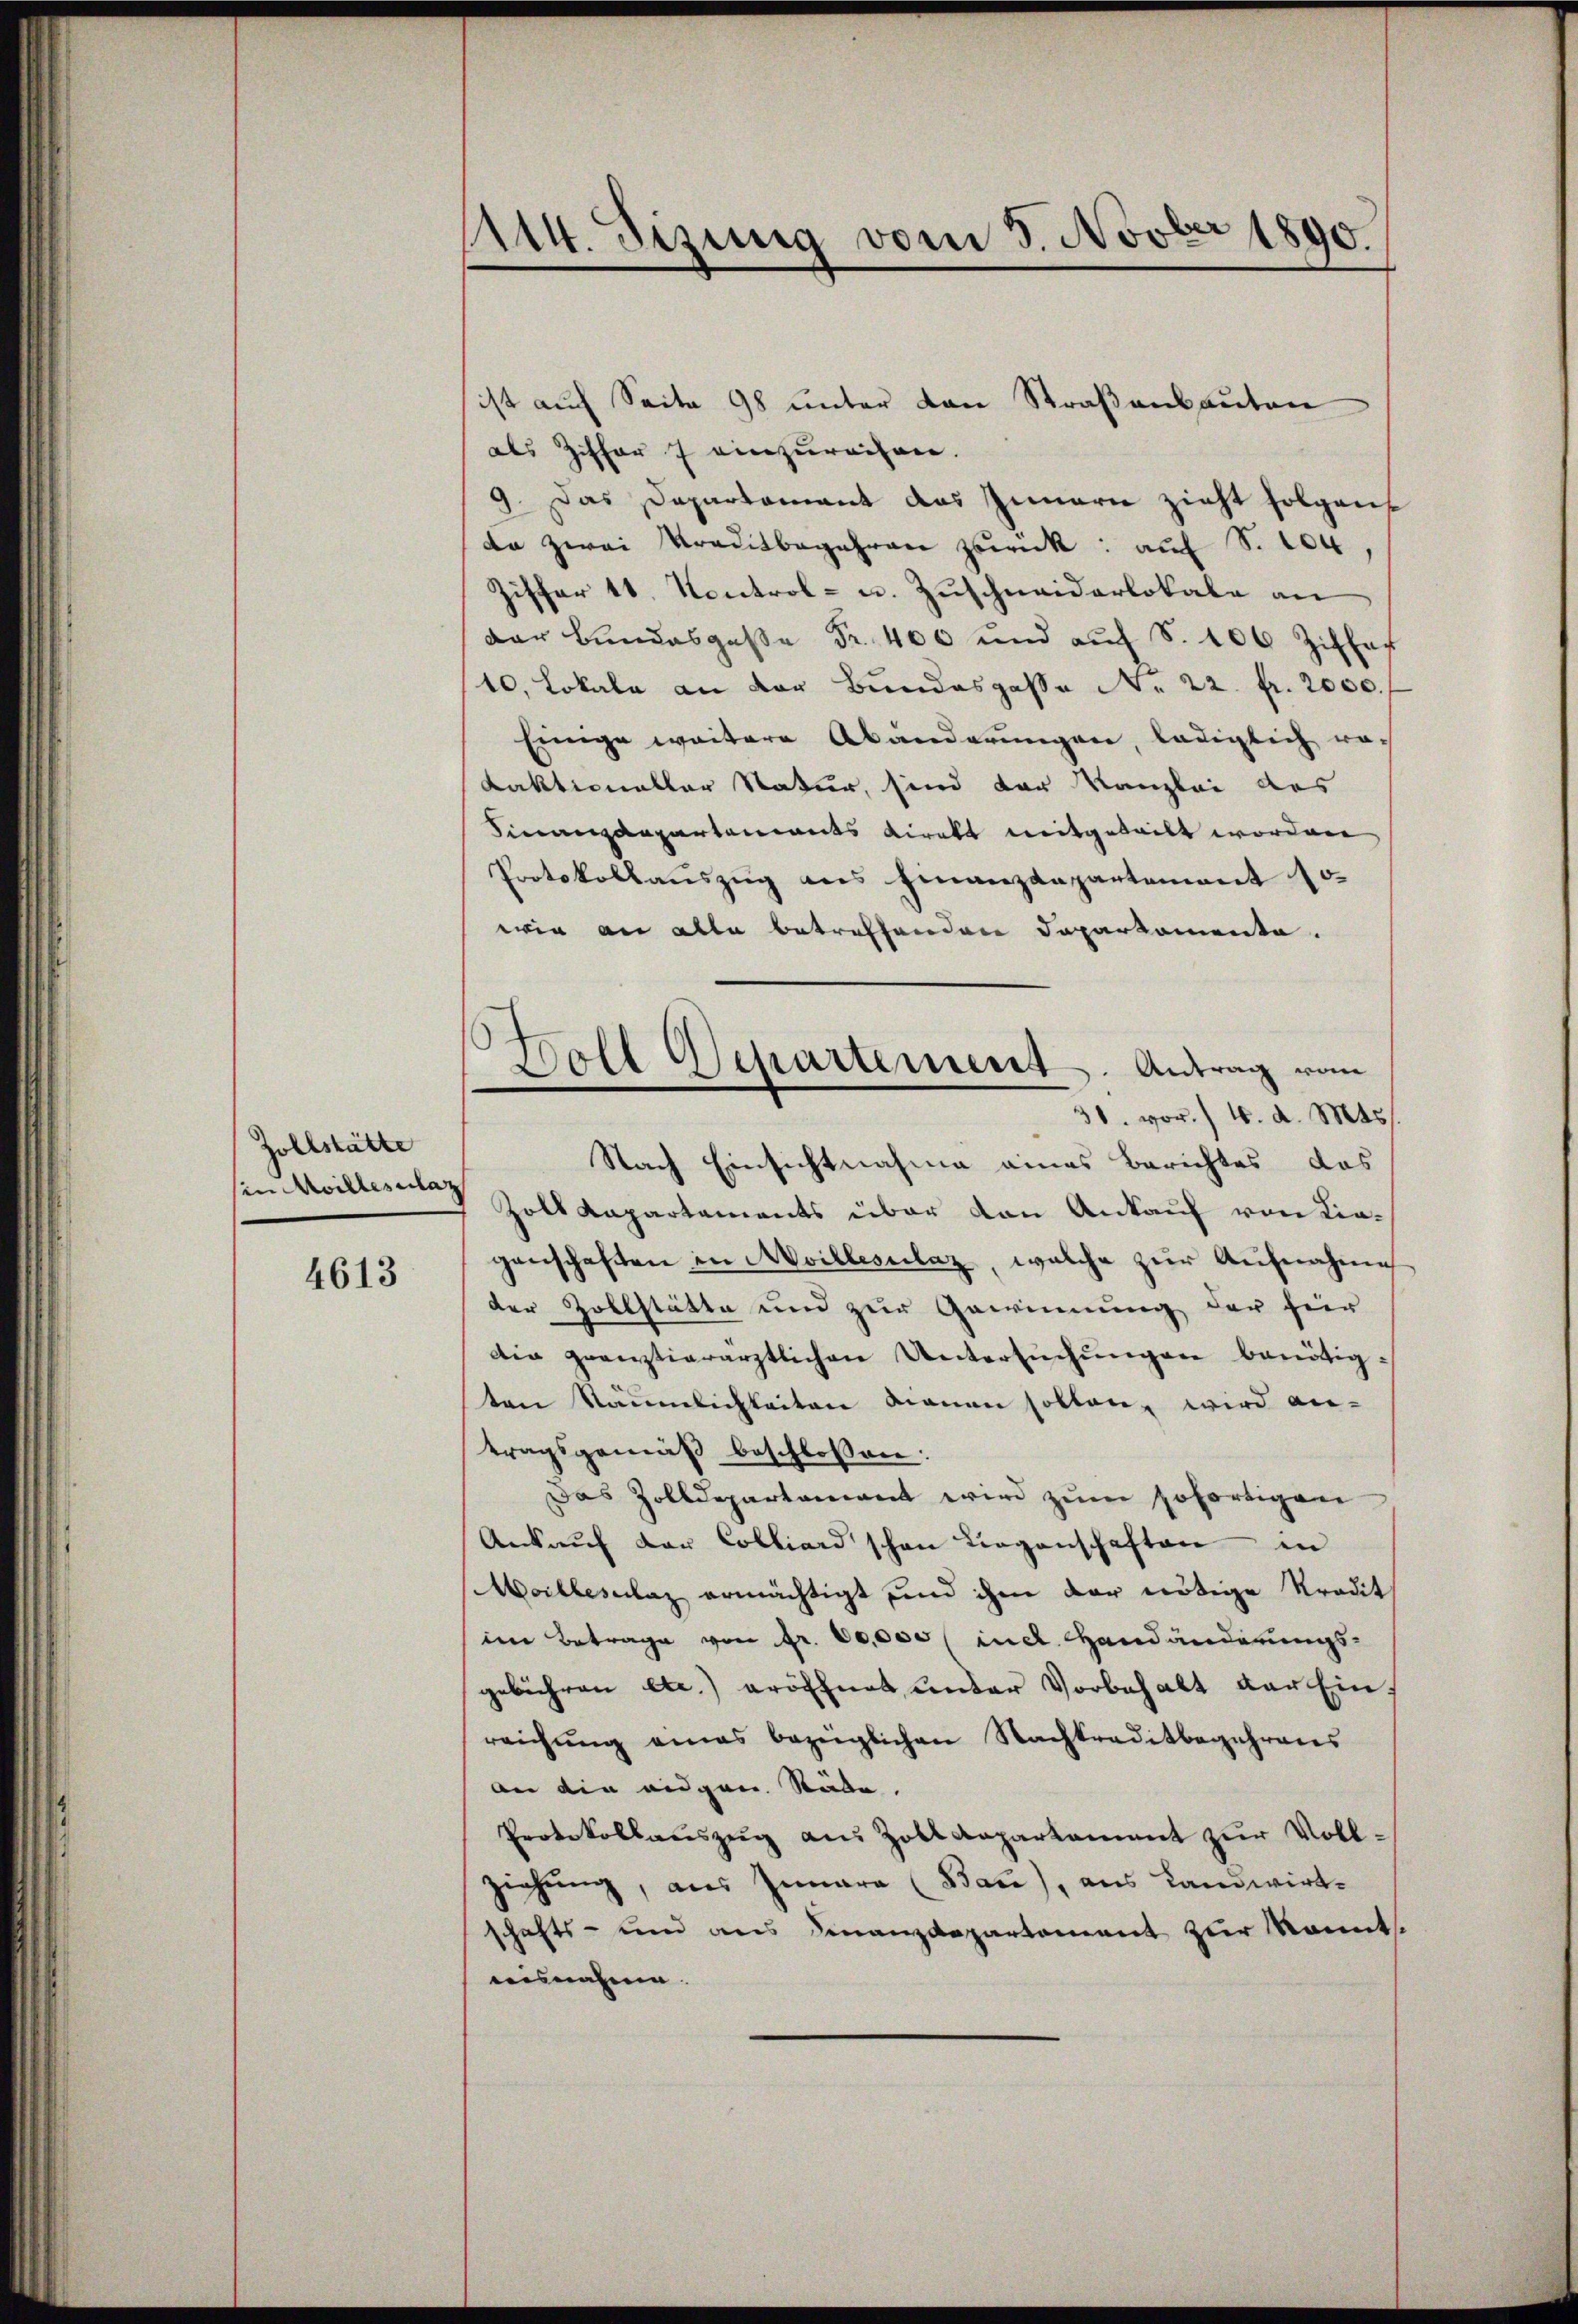
Zollstätte
in villesentar

4613

e
e
114. Sizung vom 3. Nov. 1890.

ist auch Seite 98 unter den Straßenbauten
als Ziffer 7 einzureichnen.
9. Das Departamant das Innern zieht folgen
da zwei Kreditbegehren zurück: auf S. 104
Ziffer 11. Kontrol- u. Zuschneiderlokale an
der Bundesgaβe Fr. 400 und aŭf S. 106 Ziffer
10. Lokale an der Bundesgasse No 22. fr. 2000.
Einige weitere Abänderungen lediglich ra-
Kaktionaller Natur, sind der Kanzlei des
Finanzdepartenants direkt mitgeteilt worden,
Protokollaŭszŭg ans Finanzdepartement 10.
wie an alle betreffenden Daparkomente.
Zoll Kapartements über den Ankauf von Liegenschaften in Moillesalaz, welche zur Aufnahme
der Zollstätte und zur Gewinnung der hier
die grenztierärztlichen Untersŭchŭngen benötigten Räumlichkeiten dienen sollen, wird an-
tragsgemäß beschlossen:
Das Zolldepartement wird zum sofortigen
Ankaŭf der Colliard schon Liegenschaften in
Moilbesclaz ermächtigt und ihm der nötige Tradit
im Betrage von fr. 80,000 (incl. Handänderungsgebühren etc.) eröffnet under Vorbehalt der Einreichung eines bezüglichen Nachkreditbegehrens
an die eidgen. Städe.
Protokollauszug aus Zolldepartament zur Vollziehung, aus Innara (Bau), aus Landwirt-
schafts- und ans Finanzdepartement zur kannt.
ausnahme.

Boll Separtement. Antrag vom
31. vor. 4. d. Mts.
Nach Einsichtnahme eines Berichtes das